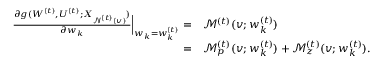
\begin{array} { r l } { \frac { \partial g ( { \boldsymbol W } ^ { ( t ) } , { \boldsymbol U } ^ { ( t ) } ; { \boldsymbol X } _ { \mathcal { N } ^ { ( t ) } ( v ) } ) } { \partial { \boldsymbol w } _ { k } } \Big | _ { { \boldsymbol w } _ { k } = { \boldsymbol w } _ { k } ^ { ( t ) } } = } & { \mathcal { M } ^ { ( t ) } ( v ; { \boldsymbol w } _ { k } ^ { ( t ) } ) } \\ { = } & { \mathcal { M } _ { p } ^ { ( t ) } ( v ; { \boldsymbol w } _ { k } ^ { ( t ) } ) + \mathcal { M } _ { z } ^ { ( t ) } ( v ; { \boldsymbol w } _ { k } ^ { ( t ) } ) . } \end{array}